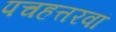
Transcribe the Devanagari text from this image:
पचहत्तरवां